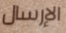
الإرسال